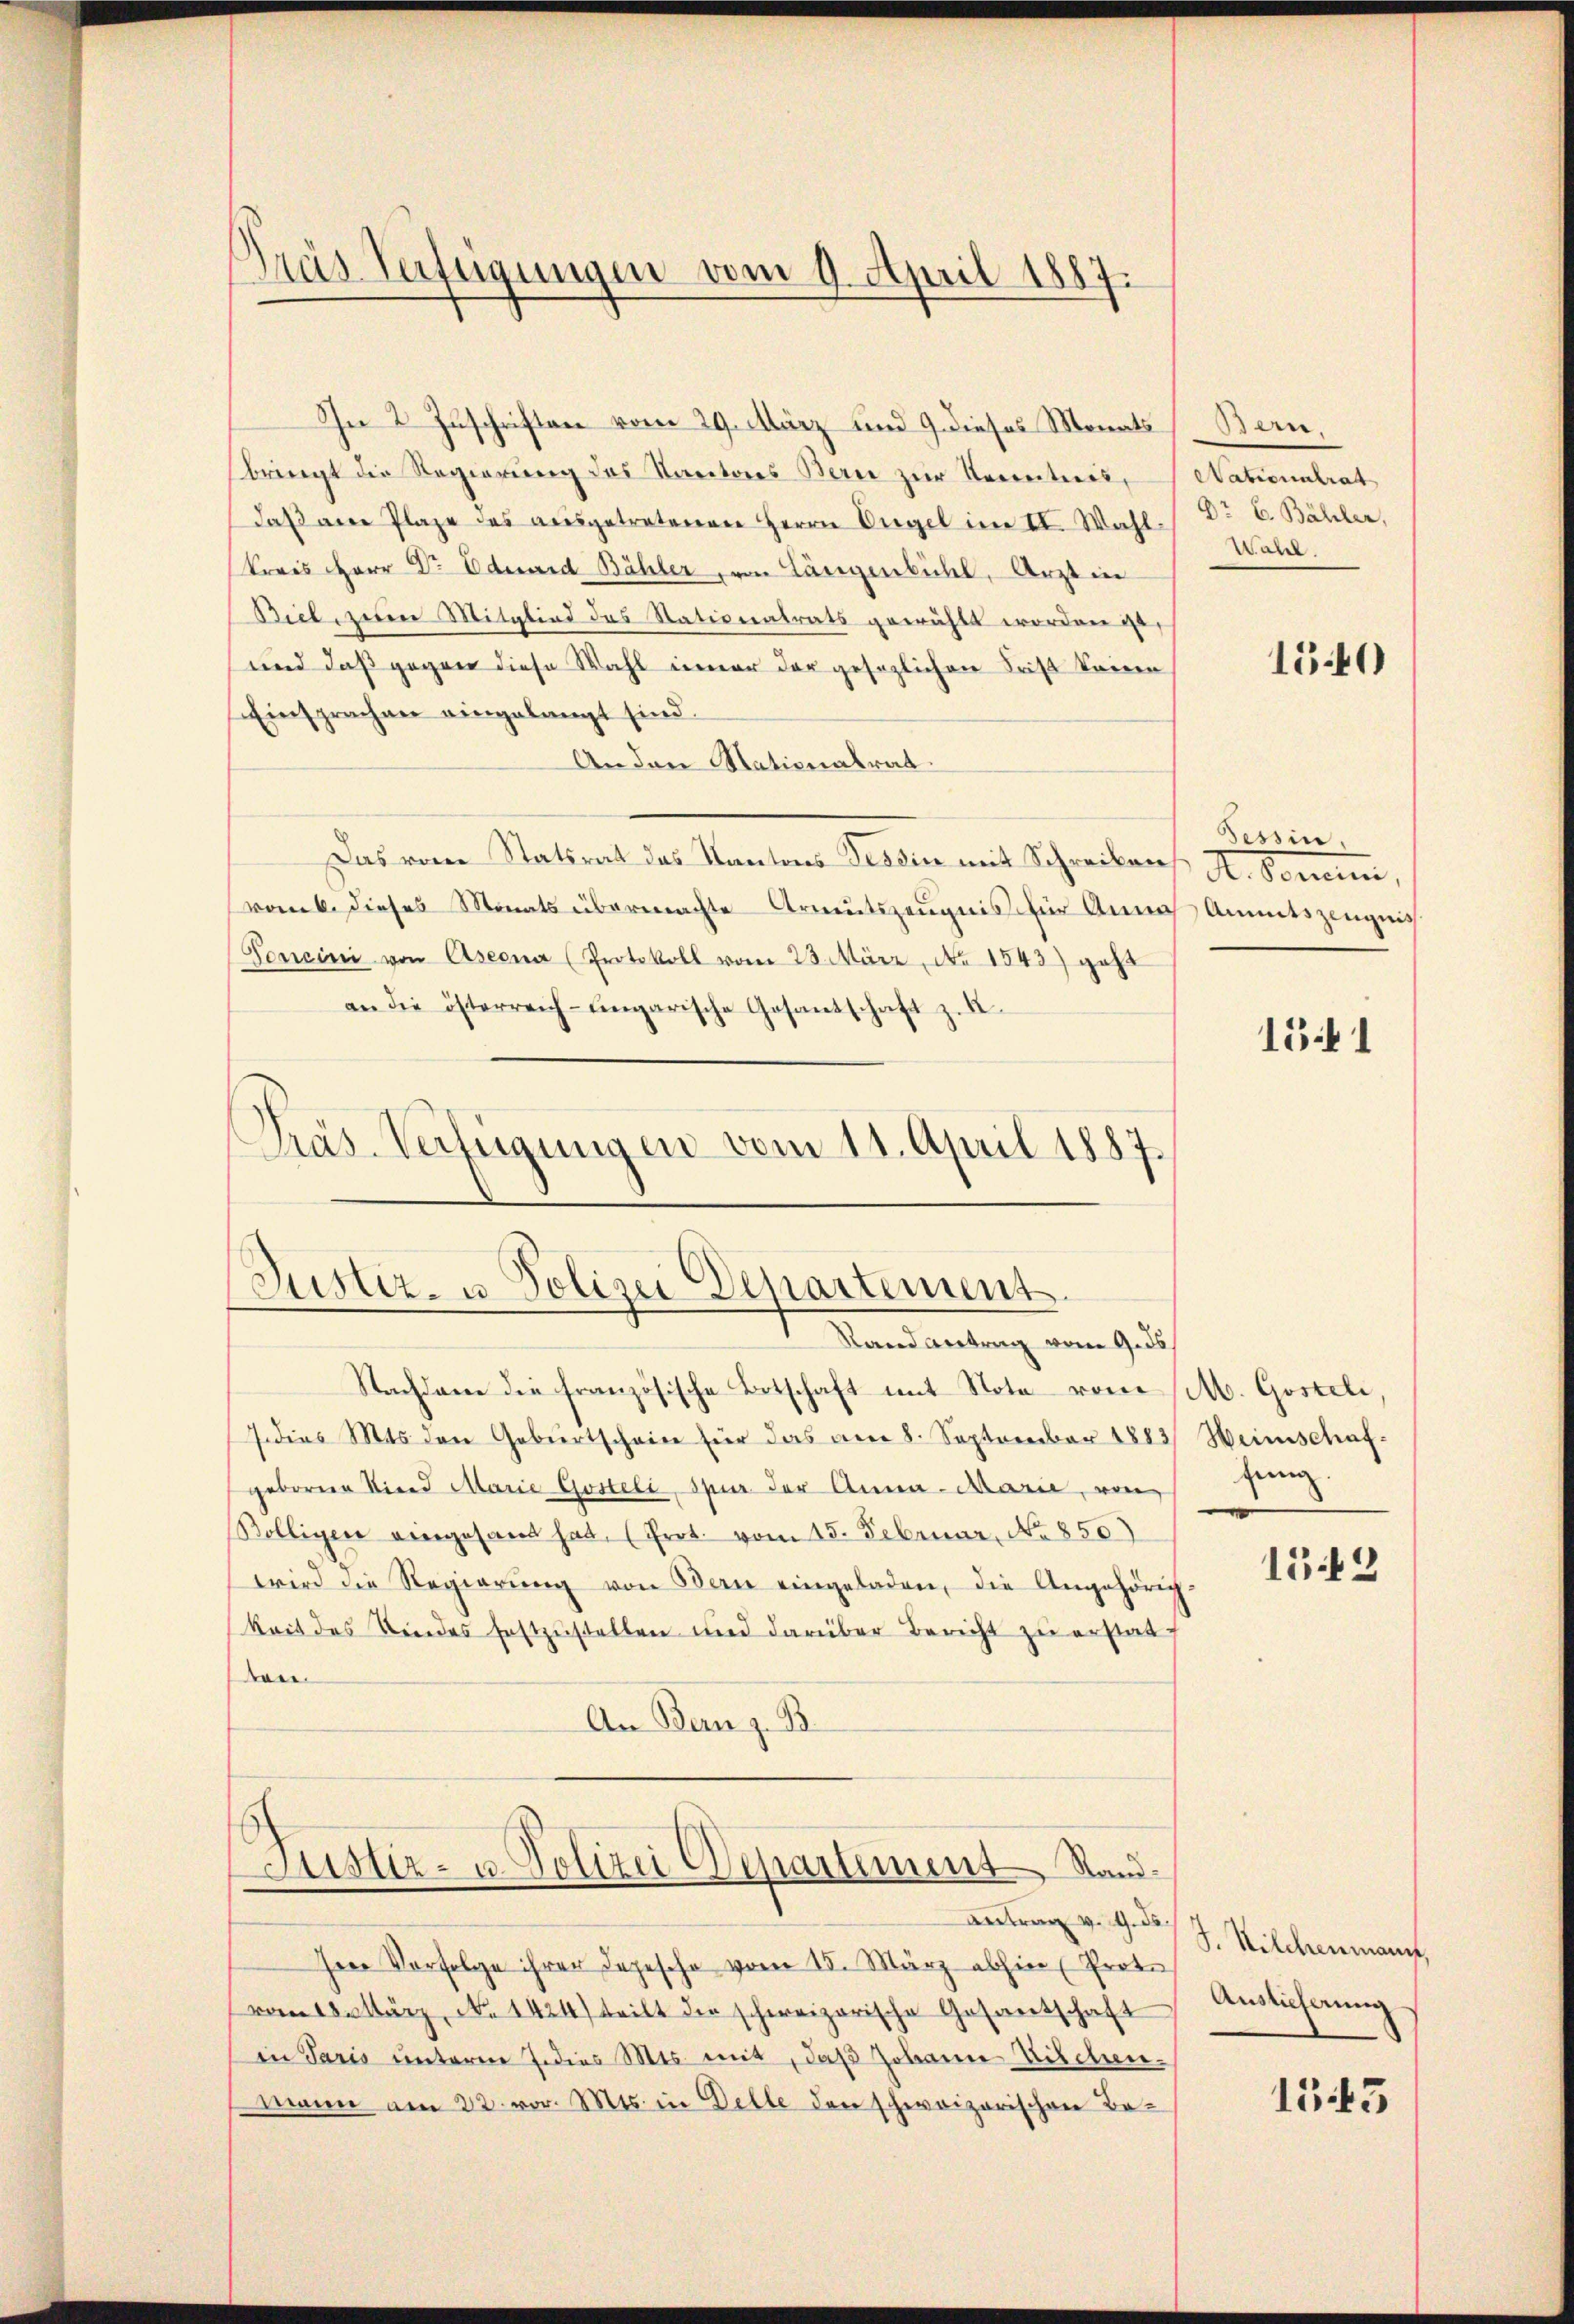
Dras Verfügungen vom 9. April 1887.

In 2 Zuschriften vom 29. März und 9. dieses Monats
bringt die Regierŭng des Kantores Bern zur Kenntnis, Nationalrat
daß am Plaze des aŭsgetretenen Herrn Ungel im II. Wahl-
Kreis Herr Dr. Eduard Bähler, von Längenbühl, Arzt in
Biel, jeden Mitglied des Stationalrats gewählt worden ge¬
und daß gegen diese Wahl inner der gesezlichen Frist keinen
Einsprachen eingelangt sind.
An den Nationalrat.
Das von Statsrat das Kantons Tessin mit Schreiben
vom b. dieses Monats übermachte Armutszeugnis für Annah Anmtszeugnis
Foncini von Aseonar (Protokoll vom 23. März, No 1543) geht
an die österreich-ungarische Gesantschaft z. B.
Präs. Verfügungen vom 11. April 1887.

Justiz- u Polizei Departement.
Rand antrag vom 9. ds.

E
Justiz- u. Polizei Departement Stand¬
Antrag v. 9. ds.

Ie Verfolge ihrer Depesche vom 15. März abhin (Prote
vom 18. März, No 1424) teilt die schweizerische Gesandtschaft
in Paris unterm 7. dies Mts. mit, daß Johann Kischen.
Mann am 22. vor. Mts. in Delle den schweizerischen Be¬

Nachdem die französische Botschaft mit Note vom /M. Gosteli,
I dies Mts. den Gebiertscheine für das am 8. September 1883) Weinschafgeborene Kind Marie Gosteli, Spur der Anna Marie, von
Rölligen eingesand hat, (Prot. vom 15. Februar, No 850
wird die Regierŭng von Bern eingeladen, die Angehörig
keit des Kindes festzustellen und darüber Bericht zu erstatt
en.
An Bern z. B.

Bern,
Dr E. Bähler,
War.

150

Tessin,
A. Sonnern,

151

fung.

15.42

S. Milchenmann,
Auslicherung

1543